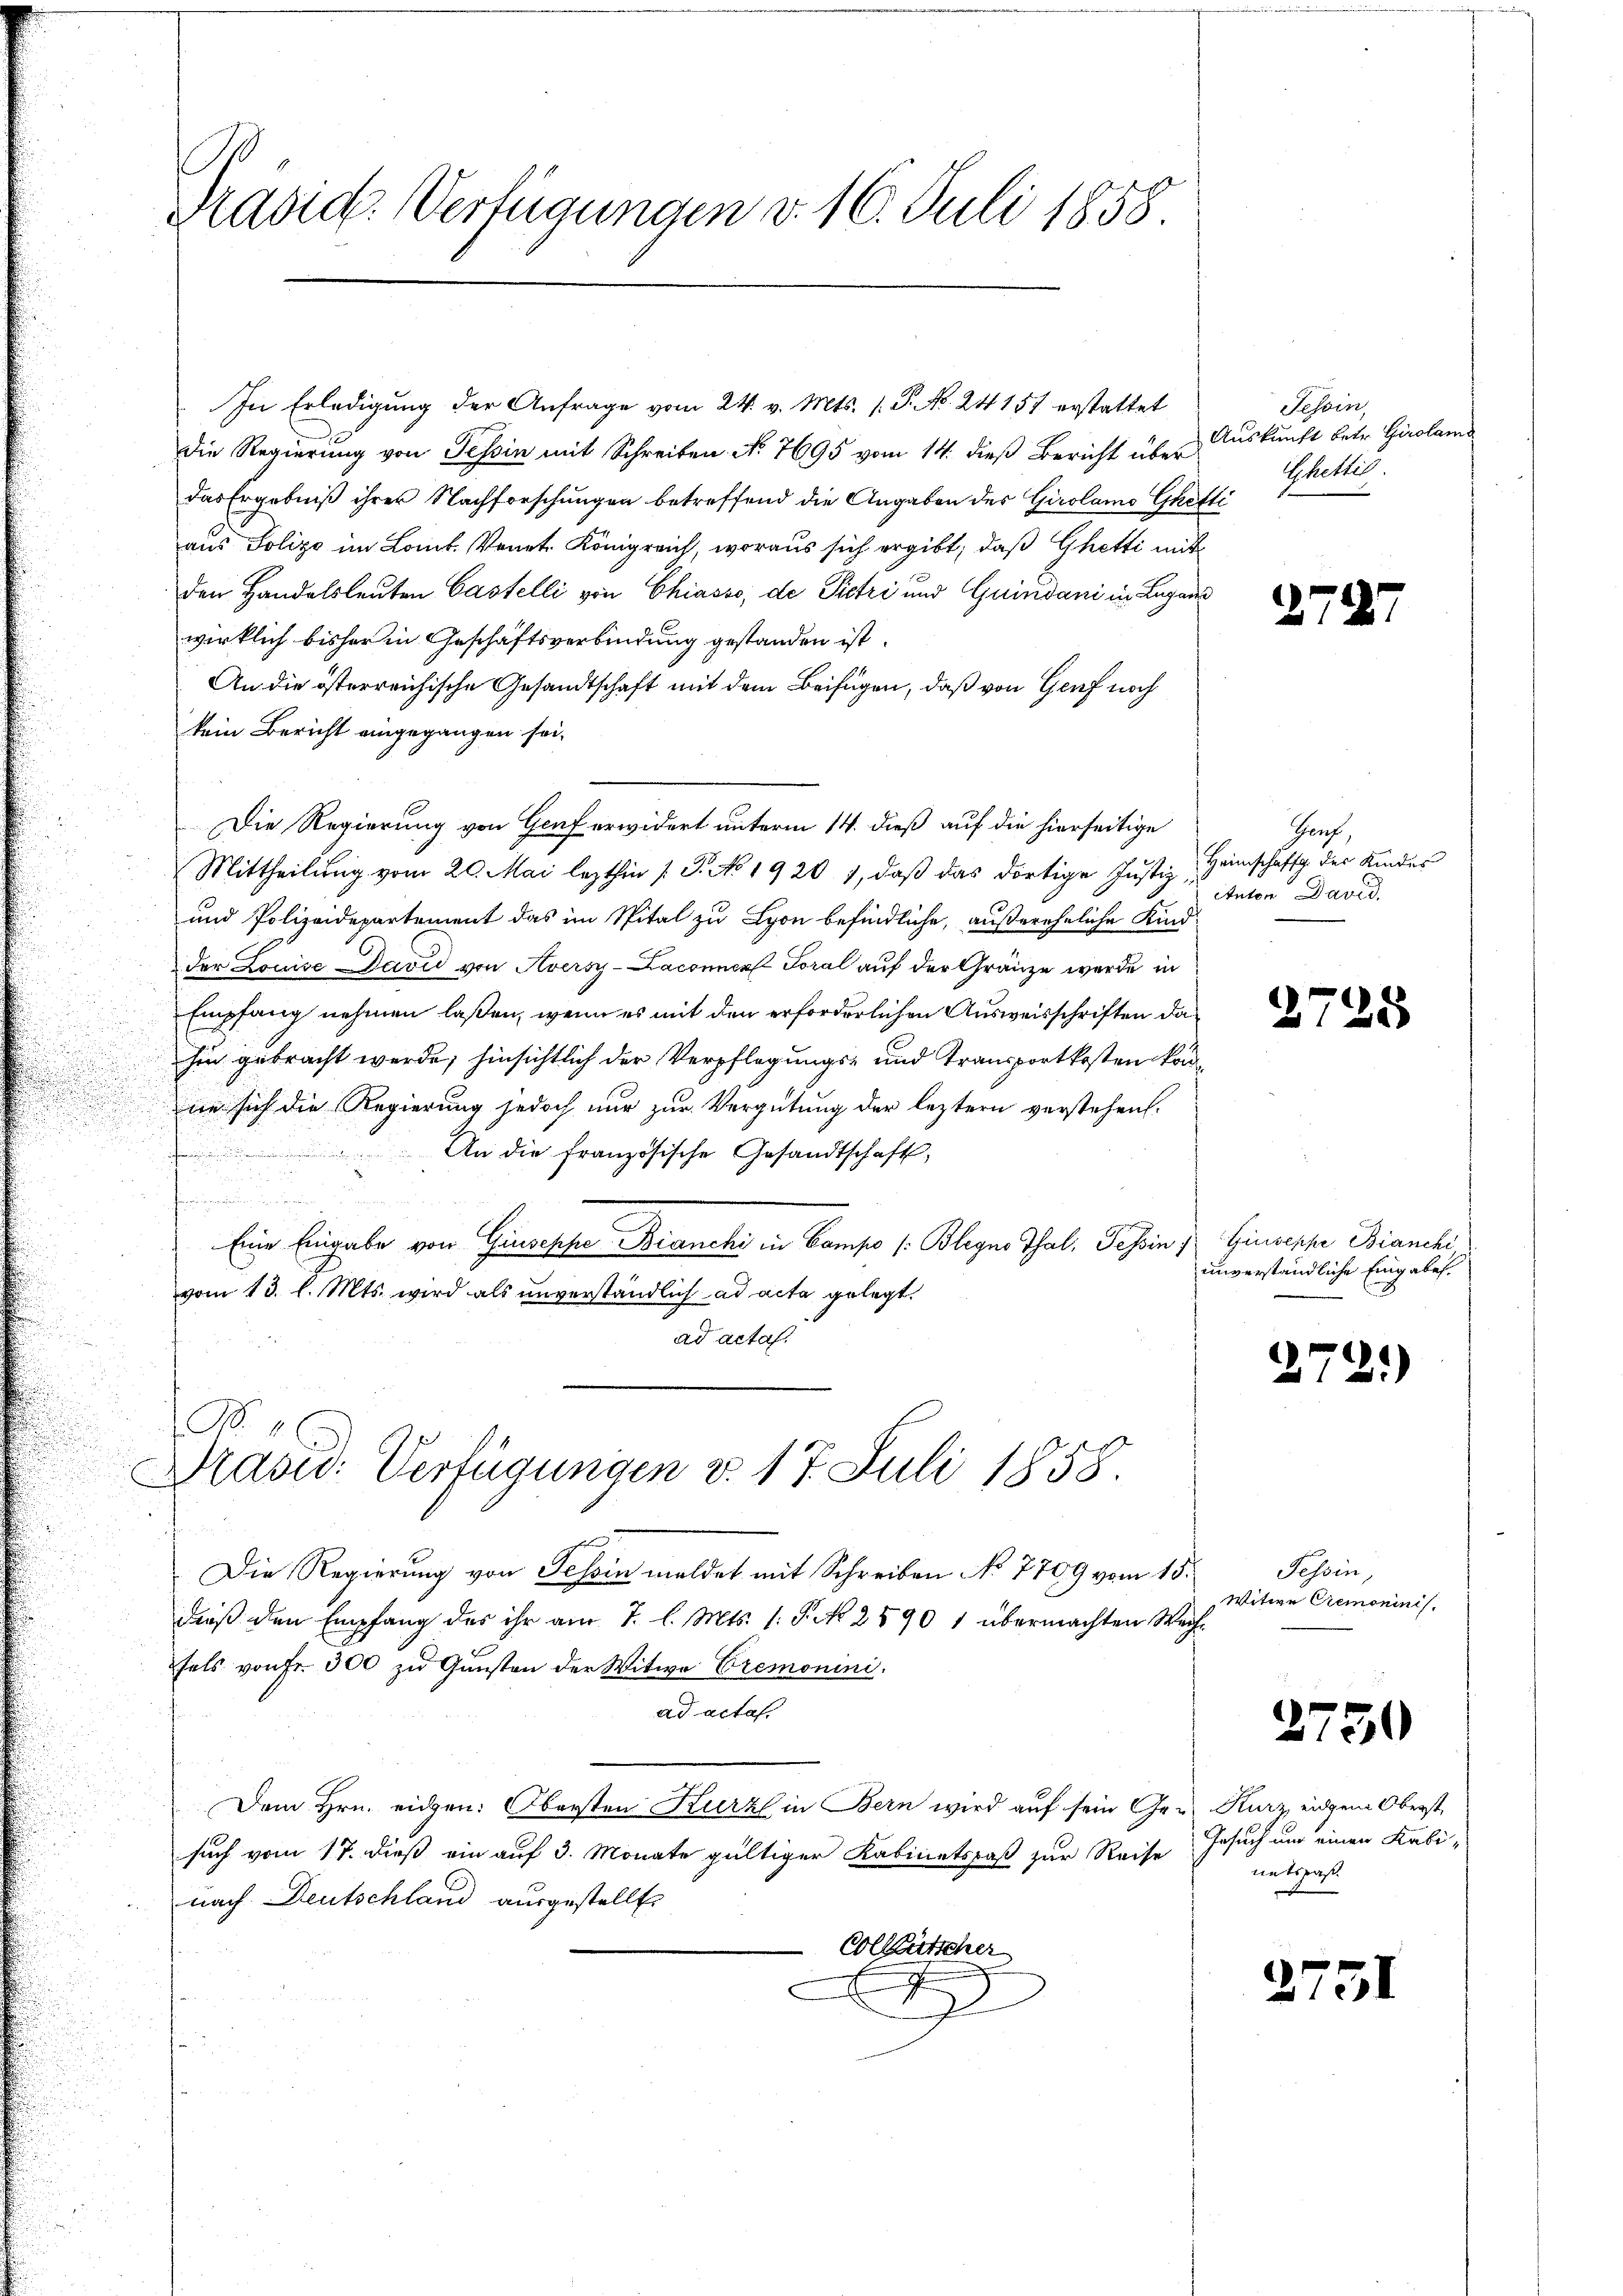
Die Regierung von Tessin mit Schreiben No. 7695 vom 14. dieß Bericht über
das Ergebniß ihrer Nachforschungen betreffend die Angaben des Girolamo Ghetti
aus Polizo im Lanck. Venet. Königreich, woraus sich ergibt, daß Ghetti mit
den Handelsleuten Castelli von Chiasso, de Pietri und Guindani in Lugaus
wirklich bisher in Geschäftsverbindung gestanden ist.
An die österreichische Gesandtschaft mit dem Beifügen, daß von Genf noch
kein Bericht eingegangen sei.
Die Regierung von Genf erwidert unterm 14. dieß auf die hierseitige
Mittheilung vom 20. Mai lezthin [P. No 1920 1, daß das dortige Justiz¬
und Polizeidepartement das im Spital zu Lyon befindliche, außereheliche Kindder Louise David von Aversy-Laconuen Toral auf der Gränze werde in
Empfang nehmen laßen, wenn es mit den erforderlichen Ausweisschriften dahin gebracht werde; hinsichtlich der Verpflegungs- und Transportkosten konne sich die Regierung jedoch nur zur Vergütung der leztern verstehen.
An die französische Gesandtschaft,
15
n
Eine Eingabe von Giuseppe Bianchi in Campe /:Blegno Thal, Tessin, Giuseppe Bianchi
vom 13. l. Mts. wird als unverständlich ad acta gelegt.
ad acta.

Drasid. Verfügungen v. 17. Juli 1858.
Die Regierung von Tessin meldet mit Schreiben No 7709 vom 15.
dieß den Empfang des ihr am 7. l. Mts. 1. P. N. 2590 1 übermachten Wachfels von Fr. 300 zu Gunsten der Witwe Cremonini.
ad acta
Dem Hrn. eidgen: Obersten Kurz in Bern wird auf sein Ger. Kurz, eidgem Oberst
such vom 17. dieß ein auf 3. Monate gültiger Kabinetspaß zur Reise
nach Deutschland ausgestellt
Colktütscher
2

Präsid. Verfügungen v. 16. Juli 1858

In Erledigung der Anfrage vom 24. v. Mts. s. S. No. 24151 erstattet

Tessin,
Auskunft betr. Girolame
Ahetti.

270

Graf,
Heimschaffg. des Kindes
Anton David

2728

unverständliche Eingaben.

272)

Tessin,
Witwe Cremoninis.

2750

Gesuch und einen Kali-
mitspaß.

2751